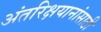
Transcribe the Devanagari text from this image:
अंतरिक्षयानांसाठी